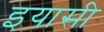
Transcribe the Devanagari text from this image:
इयासी